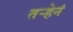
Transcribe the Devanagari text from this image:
तर्‍हेनं